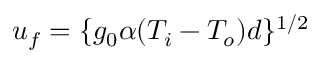
u _ { f } = \{ g _ { 0 } \alpha ( T _ { i } - T _ { o } ) d \} ^ { 1 / 2 }